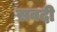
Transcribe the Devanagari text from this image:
सवदी